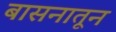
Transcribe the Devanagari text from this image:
बासनातून